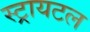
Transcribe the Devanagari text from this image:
स्ट्रायटल